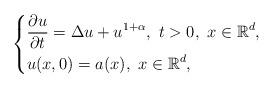
LaTeX: \begin{align*}\left\{\begin{aligned}&\frac{\partial u}{\partial t}=\Delta u+u^{1+\alpha}, \ t>0, \ x\in \mathbb{R}^{d}, \\&u(x,0)=a(x),\ x\in \mathbb{R}^{d},\\\end{aligned}\right.\end{align*}